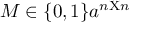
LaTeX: M \in \{ 0 , 1 \} a ^ { n \mathrm { X } n }